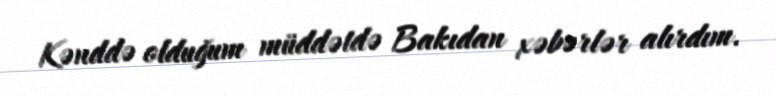
Kənddə olduğum müddətdə Bakıdan xəbərlər alırdım.